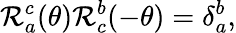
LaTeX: \mathcal{R}_{a}^{c}(\theta)\mathcal{R}_{c}^{b}(-\theta)=\delta_{a}^{b},